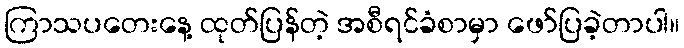
ကြာသပတေးနေ့ ထုတ်ပြန်တဲ့ အစီရင်ခံစာမှာ ဖော်ပြခဲ့တာပါ။